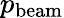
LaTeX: p_{\mathrm{beam}}